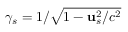
\gamma _ { s } = 1 / \sqrt { 1 - { \bf u } _ { s } ^ { 2 } / c ^ { 2 } }